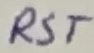
Text: RST